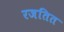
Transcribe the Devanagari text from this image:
रजतित